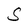
Character: S